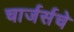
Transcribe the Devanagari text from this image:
चार्जर्सचे